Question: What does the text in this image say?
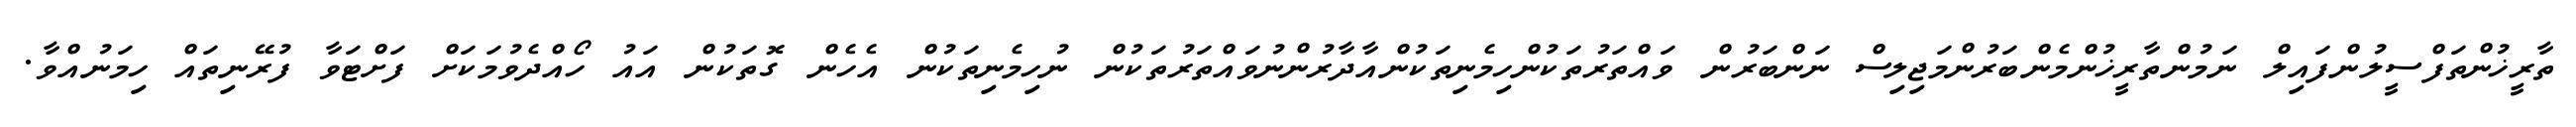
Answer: ތާރީޚުންތަފްސީލުންފައިލް ނަމުންތާރީޚުންމެންބަރުންމަޖިލިސް ނަންބަރުން ވައްތަރުތަކުންހިމެނިތަކުންއާދާރުންނުވައްތަރުތަކުން ނުހިމެނިތަކުން އެހެން ގޮތަކުން އައު ހޯއްދެވުމަކަށް ފަށްޓަވާ ފުރޭނިތައް ހިމަނުއްވާ.